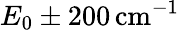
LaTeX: E_{0}\pm 200\, \mathrm{cm}^{-1}